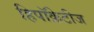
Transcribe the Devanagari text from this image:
हिपॉक्रेटीज